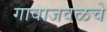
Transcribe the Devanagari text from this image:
गावाजवळचे